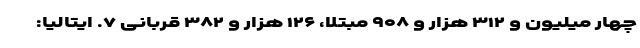
چهار میلیون و ۳۱۲ هزار و ۹۰۸ مبتلا، ۱۲۶ هزار و ۳۸۲ قربانی ۷. ایتالیا: